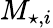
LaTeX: M_{\star,i}